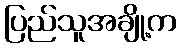
ပြည်သူအချို့က